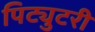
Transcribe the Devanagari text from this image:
पिट्युटरी